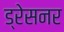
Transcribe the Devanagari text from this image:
ड्रेसनर